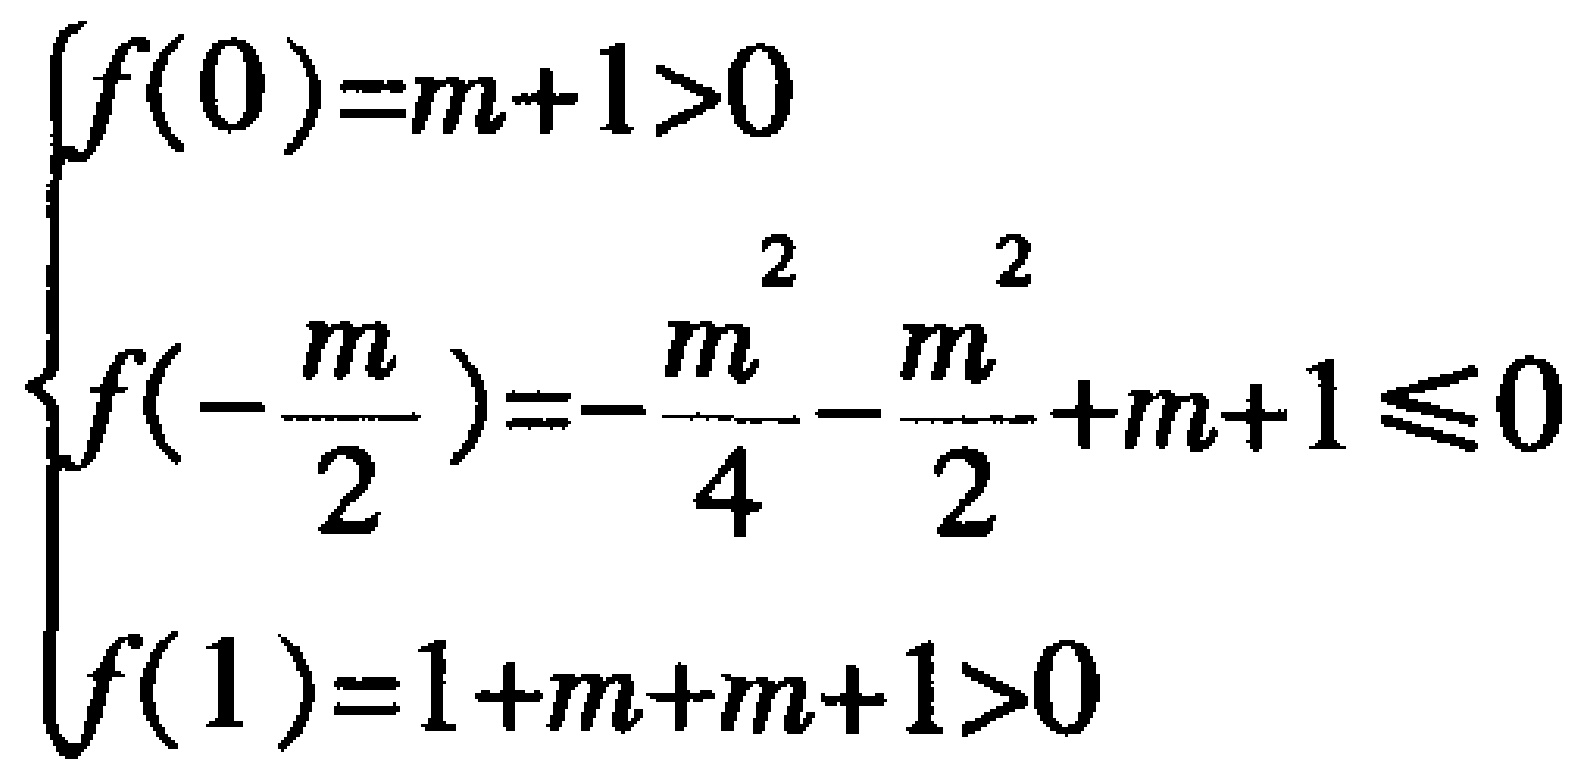
\[\begin{cases}

f(0)=m + 1>0\\

f\left(-\frac{m}{2}\right)=-\frac{m^{2}}{4}-\frac{m^{2}}{2}+m + 1\leqslant0\\

f(1)=1 + m + m+1>0

\end{cases}\]